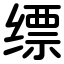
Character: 缥